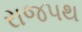
રાજપથ